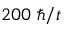
2 0 0 ~ \hbar / t